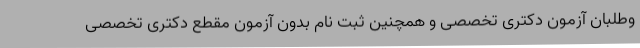
وطلبان آزمون دکتری تخصصی و همچنین ثبت نام بدون آزمون مقطع دکتری تخصصی